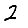
Digit: 2